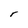
Character: r